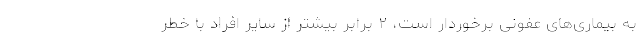
به بیماری‌های عفونی برخوردار است، ۲ برابر بیشتر از سایر افراد با خطر